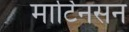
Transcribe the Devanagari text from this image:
मार्टिनसन